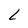
Character: L